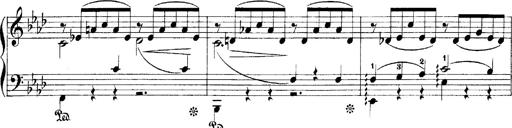
Title: LiebestrÃ¤ume
Composer: Franz Behr
Key: E-flat major